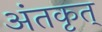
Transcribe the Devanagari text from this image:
अंतकृत्